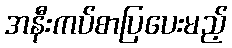
အနီးကပ်စာပြပေးမည့်